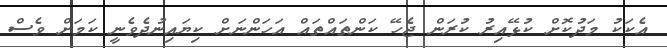
އެކަކު މަދުކޮށް ކުޅޭއިރު ކުރަން ޖެހޭ ކަންތައްތައް އަހަންނަށް ކިޔައިނުދެވެނީ ކަމަށް ވެސް